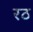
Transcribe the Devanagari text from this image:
रठ